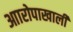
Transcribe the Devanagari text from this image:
आारोपाखाली